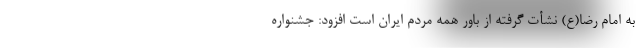
به امام رضا(ع) نشأت گرفته از باور همه مردم ایران است افزود: جشنواره